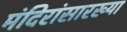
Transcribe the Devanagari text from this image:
मंदिरांसारख्या